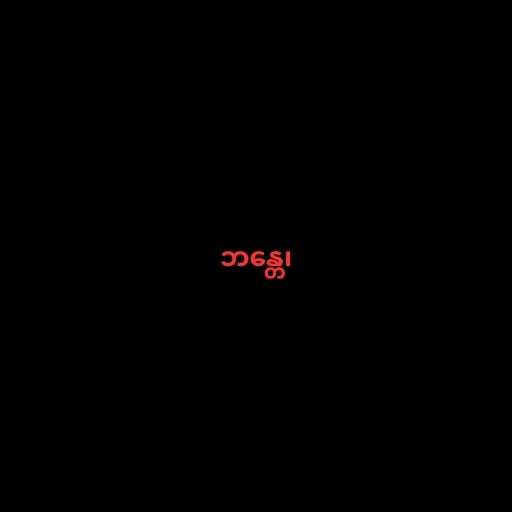
ဘန္တေ၊